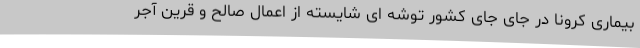
بیماری کرونا در جای جای کشور توشه ای شایسته از اعمال صالح و قرین آجر